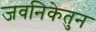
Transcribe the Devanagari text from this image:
जवनिकेतुन